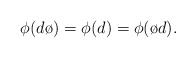
\begin{align*}\phi(d\o) = \phi(d) = \phi(\o d) .\end{align*}